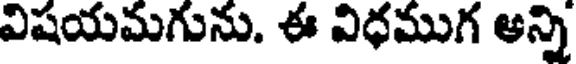
విషయమగును. ఈ విధముగ అన్ని